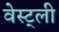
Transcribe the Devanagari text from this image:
वेस्ट्ली